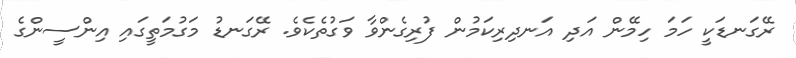
ރޭގަނޑަކީ ހަމަ ހިމޭން އަދި އަނދިރިކަމުން ފުރިގެންވާ ވަގުތެކެވެ. ރޭގަނޑު މަގުމަތީގައި އިންސީންގެ